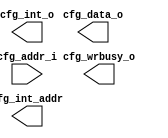
module Cfg_Ctrl  #(parameter DW=32,AW=32)
(// configuration interface(CFG) for user to inspect
                	output[DW-1:0] cfg_data_o,
						output cfg_int_o,          // interrupt the user application
						output cfg_wrbusy_o,       //	configuration write in progress
						output[AW-1:0] cfg_int_addr, 
						input [AW-1:0] cfg_addr_i,
						//input [DW-1:0] cfg_data_i,      //reserved
						//input [] cfg_ben_i,             //configuration byte enable
						//input cfg_wren_i,               //reserved
						         
					 );



//N-Chars from one packet shall not be interleaved with N-Chars from another packet(but FCTs,NULL,TimeCodes).



//When EOP marker seen, router terminates connection and frees output port


//An EEP received by a routing switch shall be transferred through the routing switch in the same way as an EOP



//The first data character following either EOP or EEP shall be taken as the first character of the next packet


//An EOP or EEP received immediately after an EOP or EEP represents an empty packet



endmodule